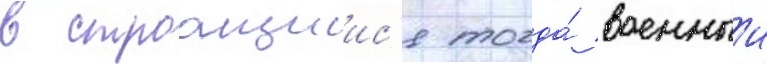
в строащиис'я тогда́ военныи